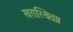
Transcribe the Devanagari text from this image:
खरास्थिता।